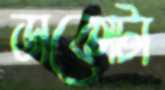
ডাকোটা